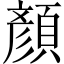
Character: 顏